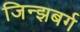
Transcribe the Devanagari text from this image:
जिन्झबर्ग